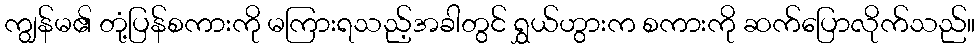
ကျွန်မ၏ တုံ့ပြန်စကားကို မကြားရသည့်အခါတွင် ရွှယ်ဟွားက စကားကို ဆက်ပြောလိုက်သည်။